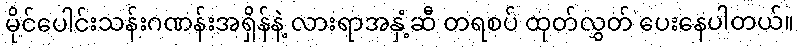
မိုင်ပေါင်းသန်းဂဏန်းအရှိန်နဲ့ လားရာအနှံ့ဆီ တရစပ် ထုတ်လွှတ် ပေးနေပါတယ်။